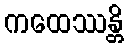
ကထေဿန္တိ